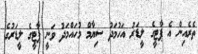
ތެރެއިން އެ ޕާޓީގެ ލީޑަރު އަހުމަދު ސިޔާމް މުހައްމަދު ވަނީ ޕާޓީގެ ލީޑަރުގެ